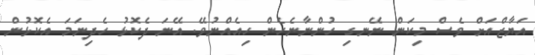
އަޔާޒްއަށް ވެސް މިކަން ނޭނގި ހުންނާނެހެން ހިއެއްނުވޭ. އޭނަ ދެކޮޅު ހެދިނަމަ އެކޮޅުން